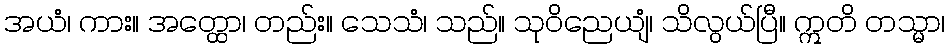
အယံ၊ ကား။ အတ္ထော၊ တည်း။ သေသံ၊ သည်။ သုဝိညေယျံ၊ သိလွယ်ပြီ။ ဣတိ တသ္မာ၊